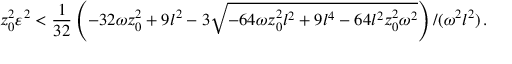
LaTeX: z _ { 0 } ^ { 2 } \varepsilon ^ { 2 } < { \frac { 1 } { 3 2 } } \left( - 3 2 \omega z _ { 0 } ^ { 2 } + 9 l ^ { 2 } - 3 \sqrt { - 6 4 \omega z _ { 0 } ^ { 2 } l ^ { 2 } + 9 l ^ { 4 } - 6 4 l ^ { 2 } z _ { 0 } ^ { 2 } \omega ^ { 2 } } \right) / ( \omega ^ { 2 } l ^ { 2 } ) \, .